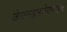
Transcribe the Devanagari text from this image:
जेरानाइलजेरानाइल